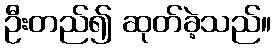
ဦးတည်၍ ဆုတ်ခဲ့သည်။